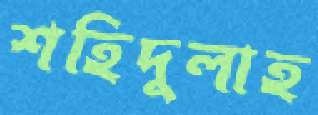
শহিদুলাহ